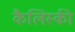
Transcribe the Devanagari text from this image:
कैलिस्की